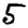
Digit: 5